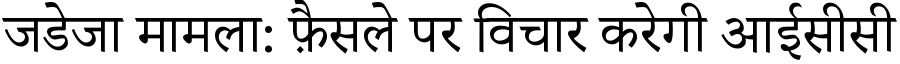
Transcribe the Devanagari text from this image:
जडेजा मामला: फ़ैसले पर विचार करेगी आईसीसी